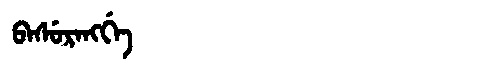
Manchu: ᠪᠠᠰᡠᡵᠠᠩᡤᡝ
Romanization: BASURANGGE